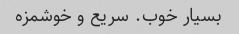
بسیار خوب. سریع و خوشمزه